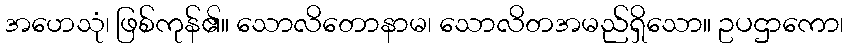
အဟေသုံ၊ ဖြစ်ကုန်၏။ သောလိတောနာမ၊ သောလိတအမည်ရှိသော။ ဥပဌာကော၊